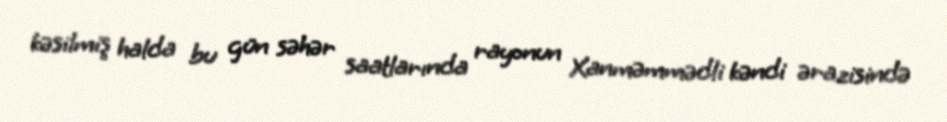
kəsilmiş halda bu gün səhər saatlarında rayonun Xanməmmədli kəndi ərazisində